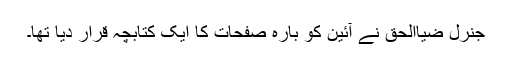
جنرل ضیاالحق نے آئین کو بارہ صفحات کا ایک کتابچہ قرار دیا تھا۔